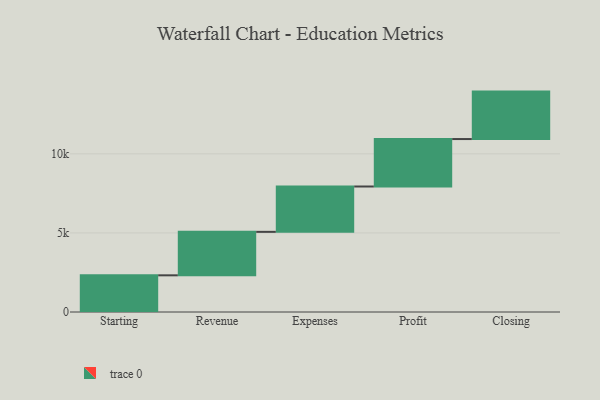
{"axis": {"x": "Step", "y": "Value"}, "legend": [""], "data": [{"x": "Starting", "y": 2319.0, "type": ""}, {"x": "Revenue", "y": 2748.0, "type": ""}, {"x": "Expenses", "y": 2867.0, "type": ""}, {"x": "Profit", "y": 3000, "type": ""}, {"x": "Closing", "y": 3000, "type": ""}]}